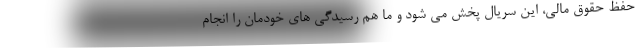
حفظ حقوق مالی، این سریال پخش می شود و ما هم رسیدگی های خودمان را انجام